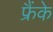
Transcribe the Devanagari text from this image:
फ्रैंके